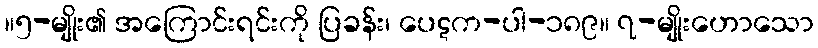
။၅-မျိုး၏ အကြောင်းရင်းကို ပြခန်း၊ ပေဋက-ပါ-၁၈၉။ ၇-မျိုးဟောသော